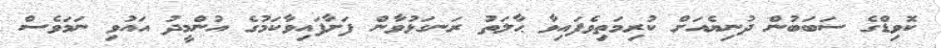
ކޮވިޑްގެ ސަބަބުން ދުނިޔެއަށް ކުރިމަތިވެފައިވާ ޙާލަތު ރަނގަޅުވާން ފަށާފައިވާކަމުގެ އުންމީދު އައުވި ނަމަވެސް